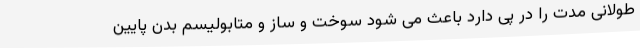
طولانی مدت را در پی دارد باعث می شود سوخت و ساز و متابولیسم بدن پایین